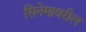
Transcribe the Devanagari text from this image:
सिनेमावरील